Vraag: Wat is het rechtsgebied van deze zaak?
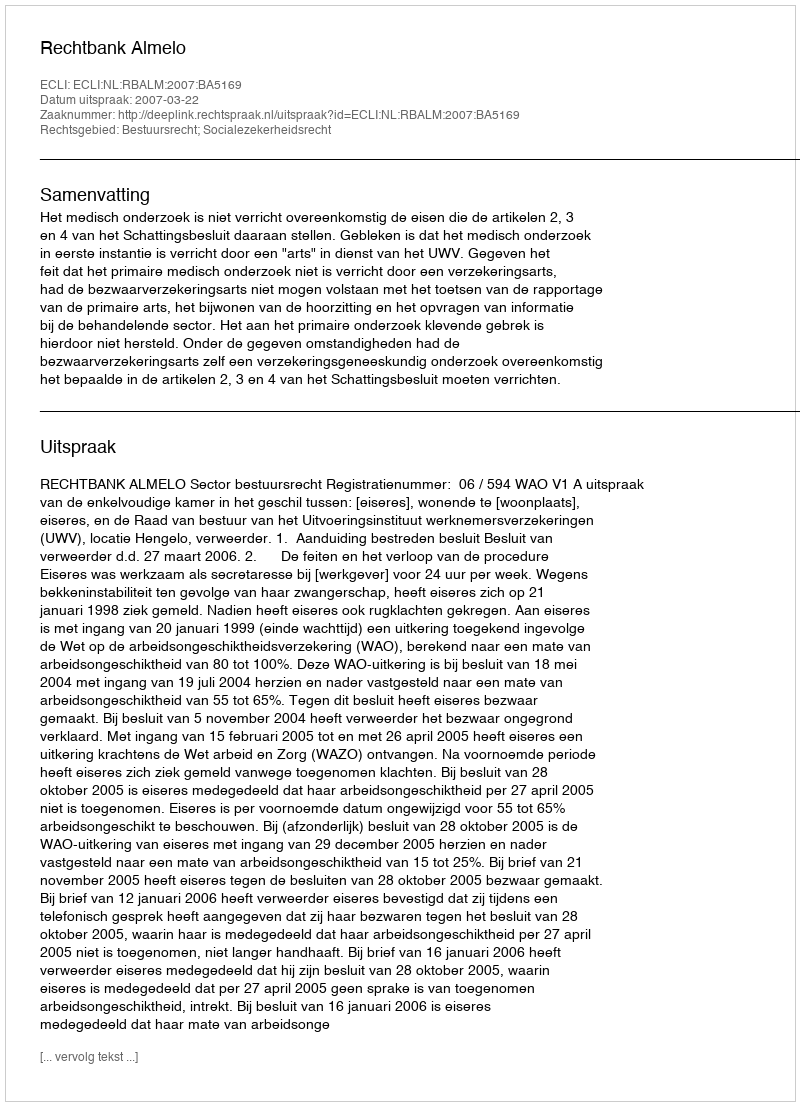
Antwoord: Bestuursrecht; Socialezekerheidsrecht